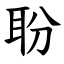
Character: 聁